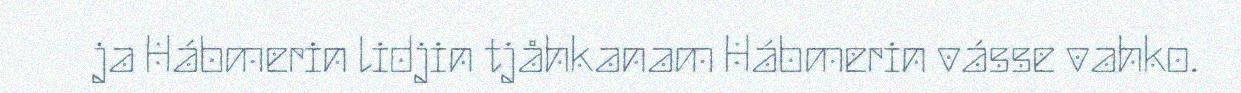
ja Hábmerin lidjin tjåhkanam Hábmerin vásse vahko.